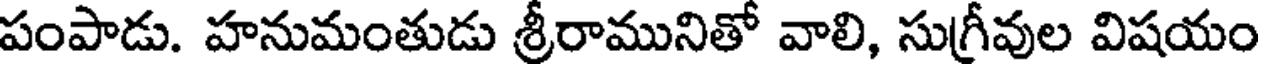
పంపాడు. హనుమంతుడు శ్రీరామునితో వాలి, సుగ్రీవుల విషయం